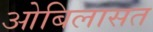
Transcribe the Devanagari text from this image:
ओबिलासत